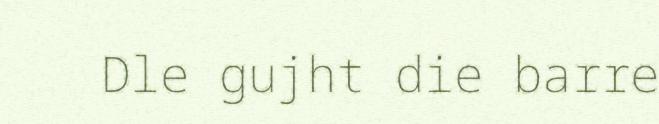
Dle gujht die barre